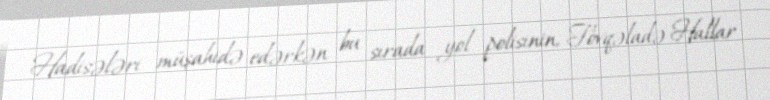
Hadisələri müşahidə edərkən bu sırada yol polisinin, Fövqəladə Hallar